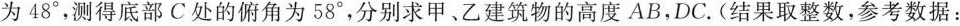
为48^{\circ}，测得底部C处的俯角为58^{\circ}，分别求甲、乙建筑物的高度AB，DC.(结果取整数，参考数据：